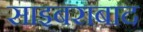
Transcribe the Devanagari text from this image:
साइबराबाद